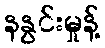
နနွင်းမှုန့်